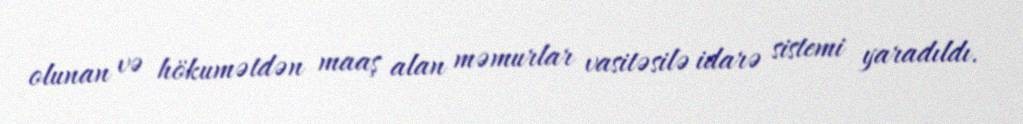
olunan və hökumətdən maaş alan məmurlar vasitəsilə idarə sistemi yaradıldı.